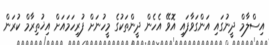
އިސްލާމް ދީނުގައި އަންގަވާފައި އޮވޭ އެހެން ދީންތަކުގެ މީހުނަށް ފުރިހަމައަށް އިޚުތިރާމް ކުރަން